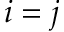
i = j